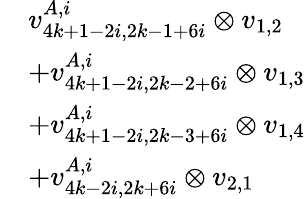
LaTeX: \begin{array}{rl}&{v_{4k+1-2i,2k-1+6i}^{A,i}\otimes v_{1,2}}\\ &{+v_{4k+1-2i,2k-2+6i}^{A,i}\otimes v_{1,3}}\\ &{+v_{4k+1-2i,2k-3+6i}^{A,i}\otimes v_{1,4}}\\ &{+v_{4k-2i,2k+6i}^{A,i}\otimes v_{2,1}}\end{array}